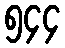
၅၄၄